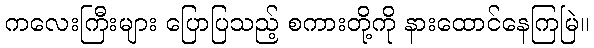
ကလေးကြီးများ ပြောပြသည့် စကားတို့ကို နားထောင်နေကြမြဲ။